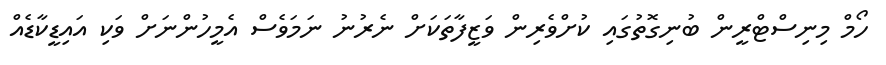
ހޯމް މިނިސްޓްރީން ބުނިގޮތުގައި ކުށްވެރިން ވަޒީފާތަކަށް ނެރުނު ނަމަވެސް އެމީހުންނަށް ވަކި އައިޑީކާޑެއް